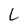
Character: L